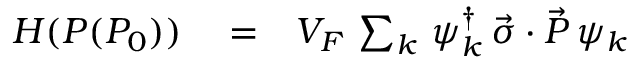
\begin{array} { r l r } { H ( P ( P _ { 0 } ) ) } & { { } = } & { V _ { F } \, \sum _ { k } \, \psi _ { k } ^ { \dagger } \, \vec { \sigma } \cdot \vec { P } \, \psi _ { k } } \end{array}